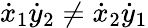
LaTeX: {\dot{x}}_{1}{\dot{y}}_{2}\not={\dot{x}}_{2}{\dot{y}}_{1}